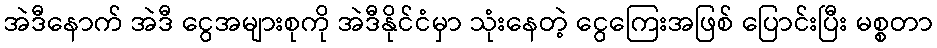
အဲဒီနောက် အဲဒီ ငွေအများစုကို အဲဒီနိုင်ငံမှာ သုံးနေတဲ့ ငွေကြေးအဖြစ် ပြောင်းပြီး မစ္စတာ